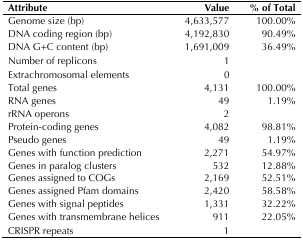
<table><thead><tr><td><b>Attribute</b></td><td><b>Value</b></td><td><b>% of Total</b></td></tr></thead><tbody><tr><td>Genome size (bp)</td><td>4,633,577</td><td>100.00%</td></tr><tr><td>DNA coding region (bp)</td><td>4,192,830</td><td>90.49%</td></tr><tr><td>DNA G+C content (bp)</td><td>1,691,009</td><td>36.49%</td></tr><tr><td>Number of replicons</td><td>1</td><td>[EMPTY_CELL]</td></tr><tr><td>Extrachromosomal elements</td><td>0</td><td>[EMPTY_CELL]</td></tr><tr><td>Total genes</td><td>4,131</td><td>100.00%</td></tr><tr><td>RNA genes</td><td>49</td><td>1.19%</td></tr><tr><td>rRNA operons</td><td>2</td><td>[EMPTY_CELL]</td></tr><tr><td>Protein-coding genes</td><td>4,082</td><td>98.81%</td></tr><tr><td>Pseudo genes</td><td>49</td><td>1.19%</td></tr><tr><td>Genes with function prediction</td><td>2,271</td><td>54.97%</td></tr><tr><td>Genes in paralog clusters</td><td>532</td><td>12.88%</td></tr><tr><td>Genes assigned to COGs</td><td>2,169</td><td>52.51%</td></tr><tr><td>Genes assigned Pfam domains</td><td>2,420</td><td>58.58%</td></tr><tr><td>Genes with signal peptides</td><td>1,331</td><td>32.22%</td></tr><tr><td>Genes with transmembrane helices</td><td>911</td><td>22.05%</td></tr><tr><td>CRISPR repeats</td><td>1</td><td>[EMPTY_CELL]</td></tr></tbody></table>